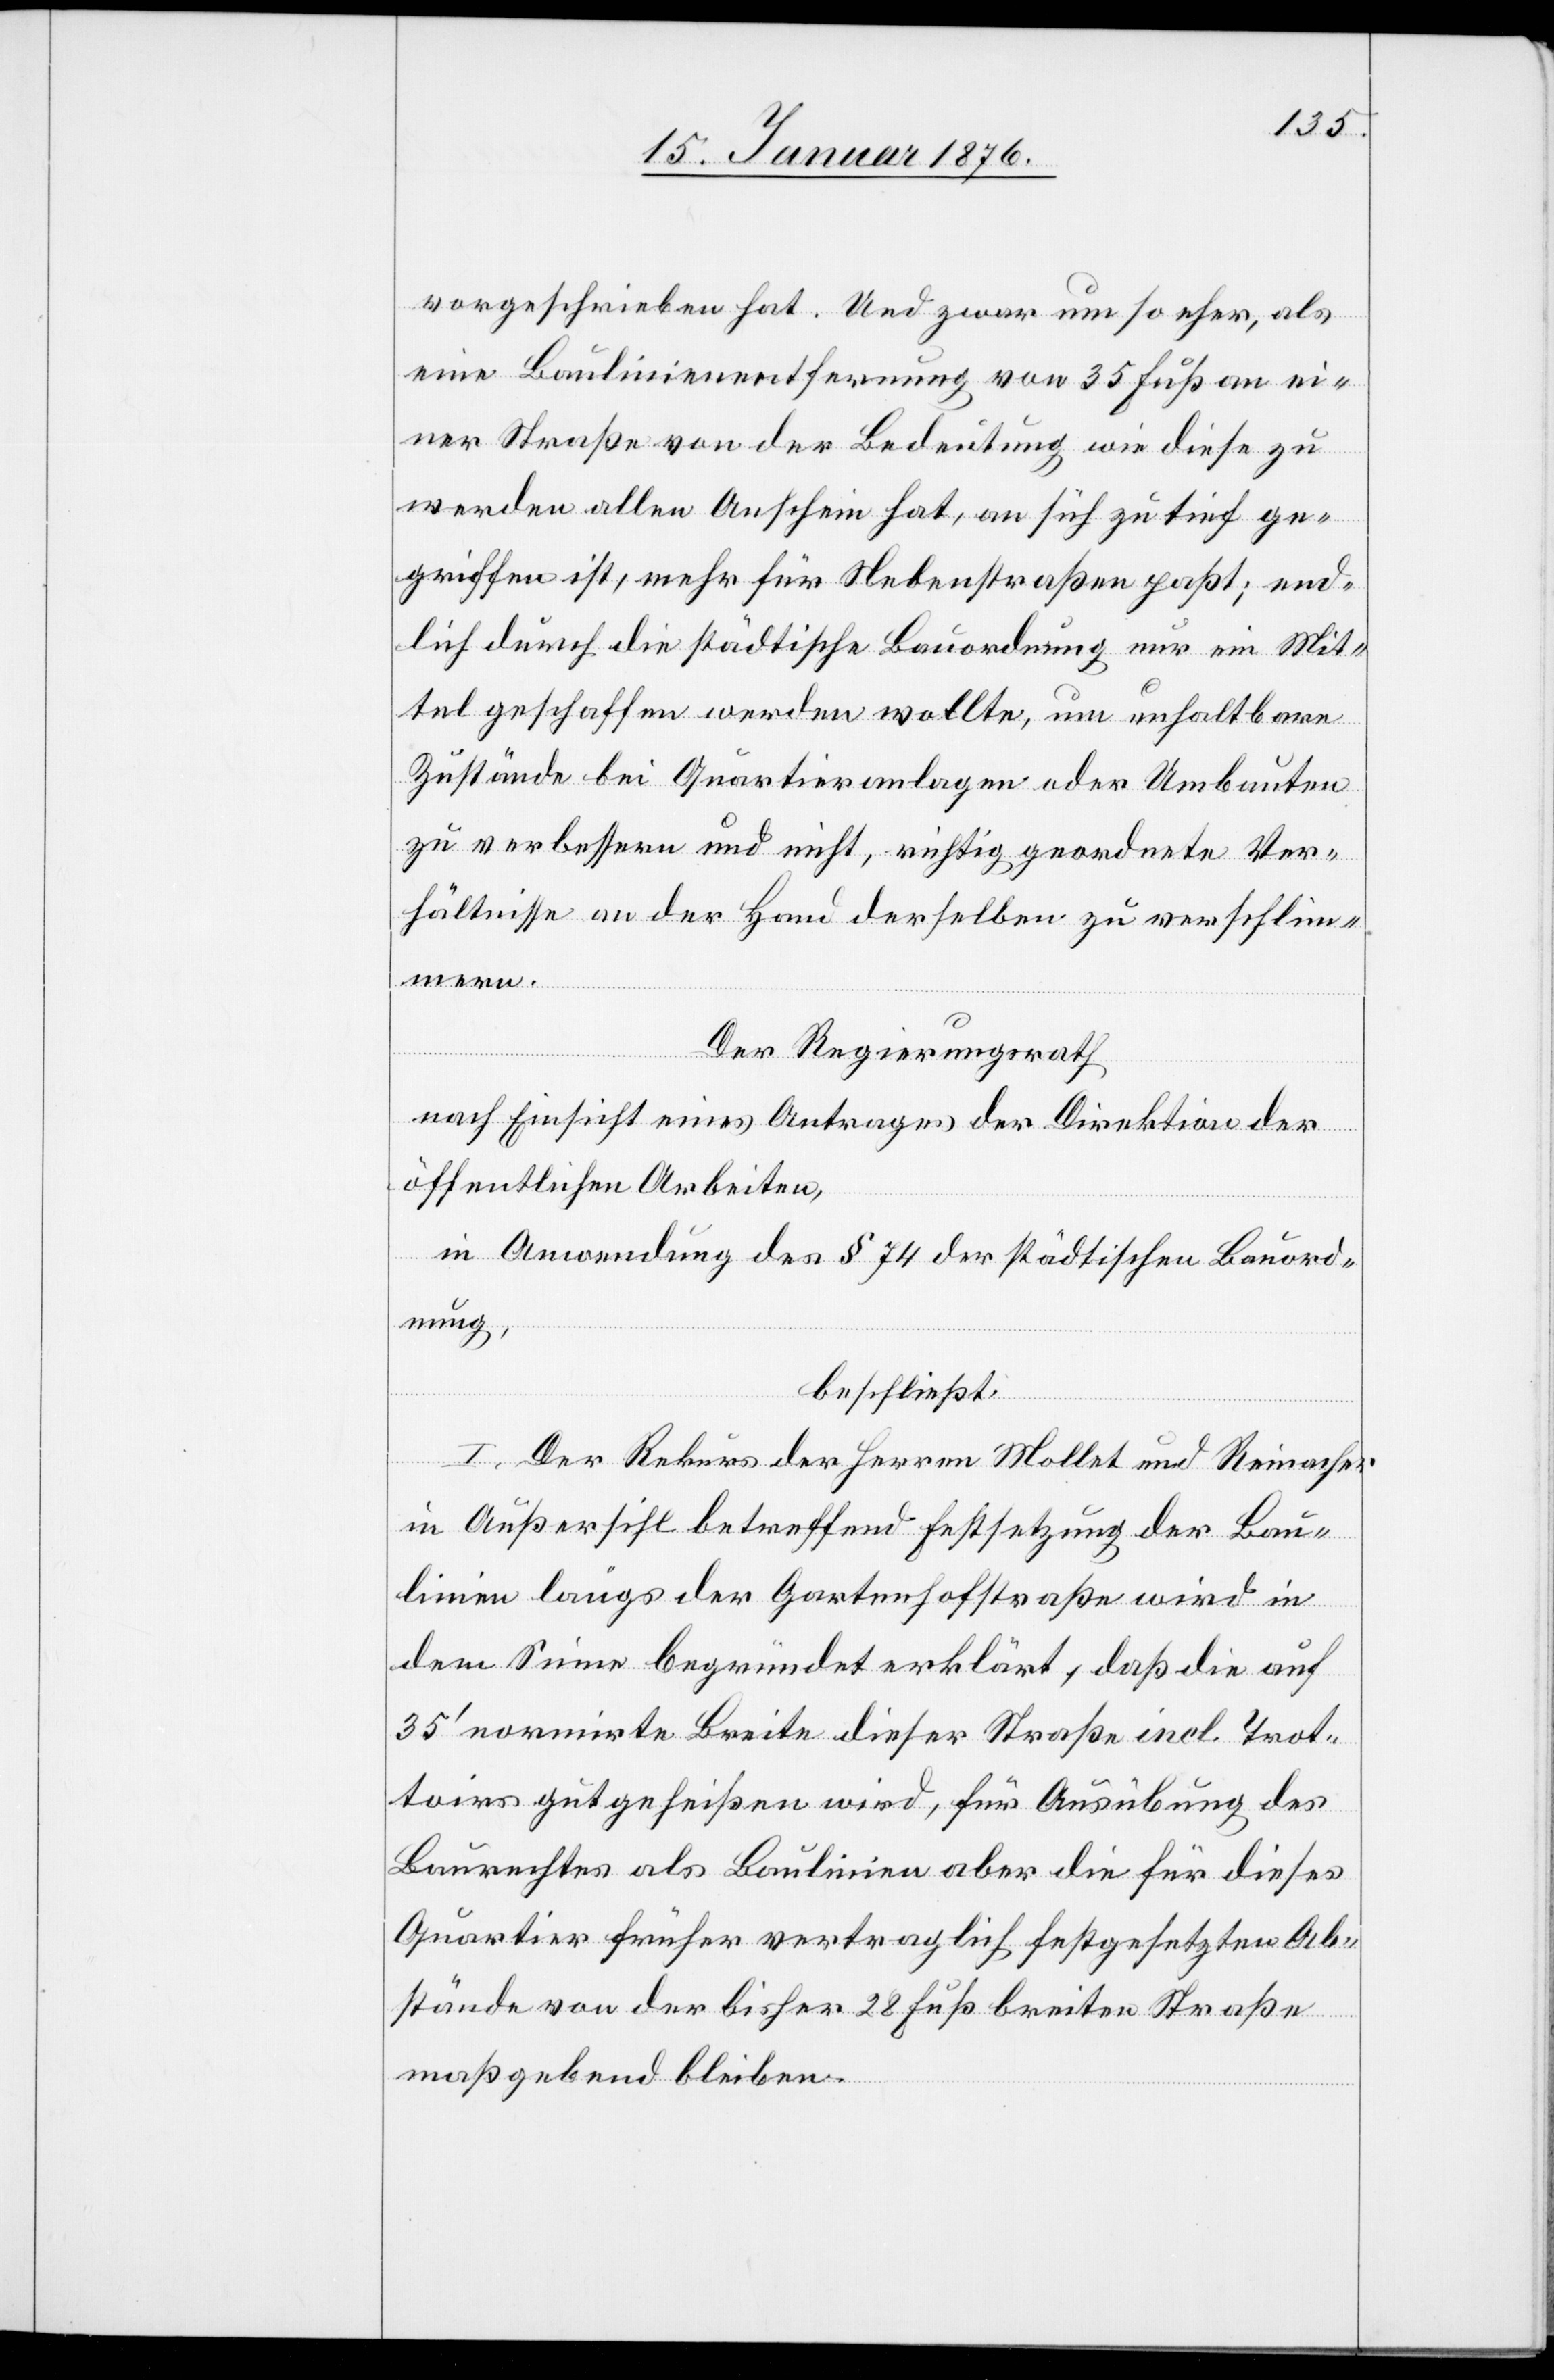
vorgeschrieben hat. Und zwar um so eher, als
eine Baulinienentfernung von 35 Fuß an ei¬
ner Straße von der Bedeutung wie diese zu
werden allen Anschein hat, an sich zu tief ge¬
griffen ist, mehr für Nebenstraßen paßt; end¬
lich durch die städtische Bauordnung nur ein Mit¬
tel geschaffen werden wollte, um unhaltbare
Zustände bei Quartieranlagen oder Umbauten
zu verbessern und nicht, richtig geordnete Ver¬
hältnisse an der Hand derselben zu verschlim¬
mern.
Der Regierungsrath
nach Einsicht eines Antrages der Direktion der
öffentlichen Arbeiten,
in Anwendung des § 74 der städtischen Bauord¬
nung,
beschließt:
I. Der Rekurs der Herren Mollet und Reinacher
in Außersihl betreffend Festsetzung der Bau¬
linien längs der Gartenhofstraße wird in
dem Sinne begründet erklärt, daß die auf
35‘ normirte Breite dieser Straße incl. Trot¬
toirs gutgeheißen wird, für Ausübung des
Baurechtes als Baulinien aber die für dieses
Quartier früher vertraglich festgesetzten Ab¬
stände von der bisher 28 Fuß breiten Straße
maßgebend bleiben.